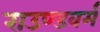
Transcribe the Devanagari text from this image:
राउण्डवर्म